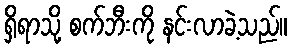
ရှိရာသို့ စက်ဘီးကို နင်းလာခဲ့သည်။